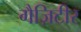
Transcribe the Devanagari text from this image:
गैज़िटीर